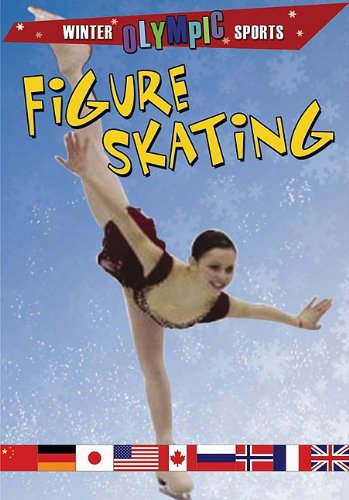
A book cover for Figure Skating (Winter Olympic Sports); Joseph Gustaitis; Sports & Outdoors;